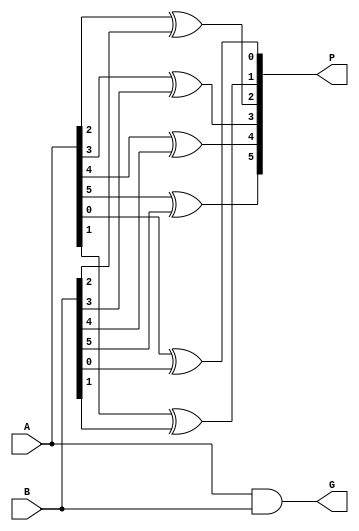
module PG_Block(
    input [5:0] A,
    input [5:0] B,
    output [5:0] P,
    output [5:0] G
    );

assign P[0] = A[0] ^ B[0];
assign P[1] = A[1] ^ B[1];
assign P[2] = A[2] ^ B[2];
assign P[3] = A[3] ^ B[3];
assign P[4] = A[4] ^ B[4];
assign P[5] = A[5] ^ B[5];
assign G = A & B;

endmodule